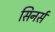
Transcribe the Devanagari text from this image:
सिनर्स